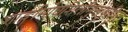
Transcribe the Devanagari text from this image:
शार्ङ्गामोघशिलीमुखेषुधियुत